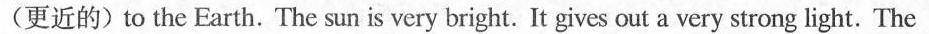
(更近的)to the Earth. The sun is very bright. It gives out a very strong light. The